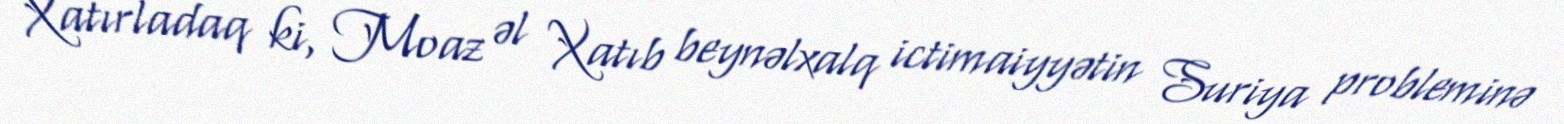
Xatırladaq ki, Moaz əl Xatıb beynəlxalq ictimaiyyətin Suriya probleminə